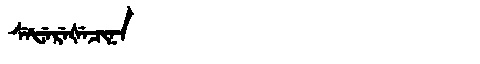
Manchu: ᠰᡝᡶᡝᡵᡝᡧᡝᠴᡳᠨᠠ
Romanization: SEFEREŠECINA